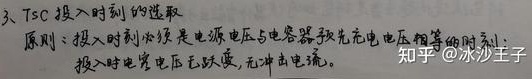
3、TSC投入时刻的选取原则：投入时刻必须是电源电压与电容器预先充电电压相等的时刻，投入时电容电压无跃变，无冲击电流。知乎@冰沙王子